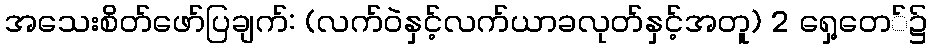
အသေးစိတ်ဖော်ပြချက်: (လက်ဝဲနှင့်လက်ယာခလုတ်နှင့်အတူ) 2 ရှေ့တေ်၌